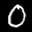
Label: 0